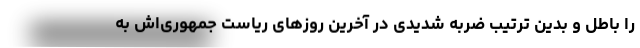
را باطل و بدین ترتیب ضربه شدیدی در آخرین روزهای ریاست جمهوری‌اش به